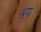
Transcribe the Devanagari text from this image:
श्रय